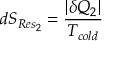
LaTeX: d S _ { R e s _ { 2 } } = { \frac { | \delta Q _ { 2 } | } { T _ { c o l d } } }